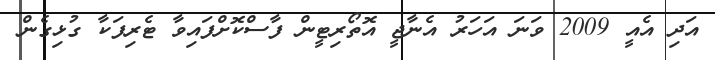
އަދި އެއީ 2009 ވަނަ އަހަރު އެނާޖީ އޮތޯރިޓީން ފާސްކޮށްފައިވާ ޓެރިފަކާ ގުޅިގެން